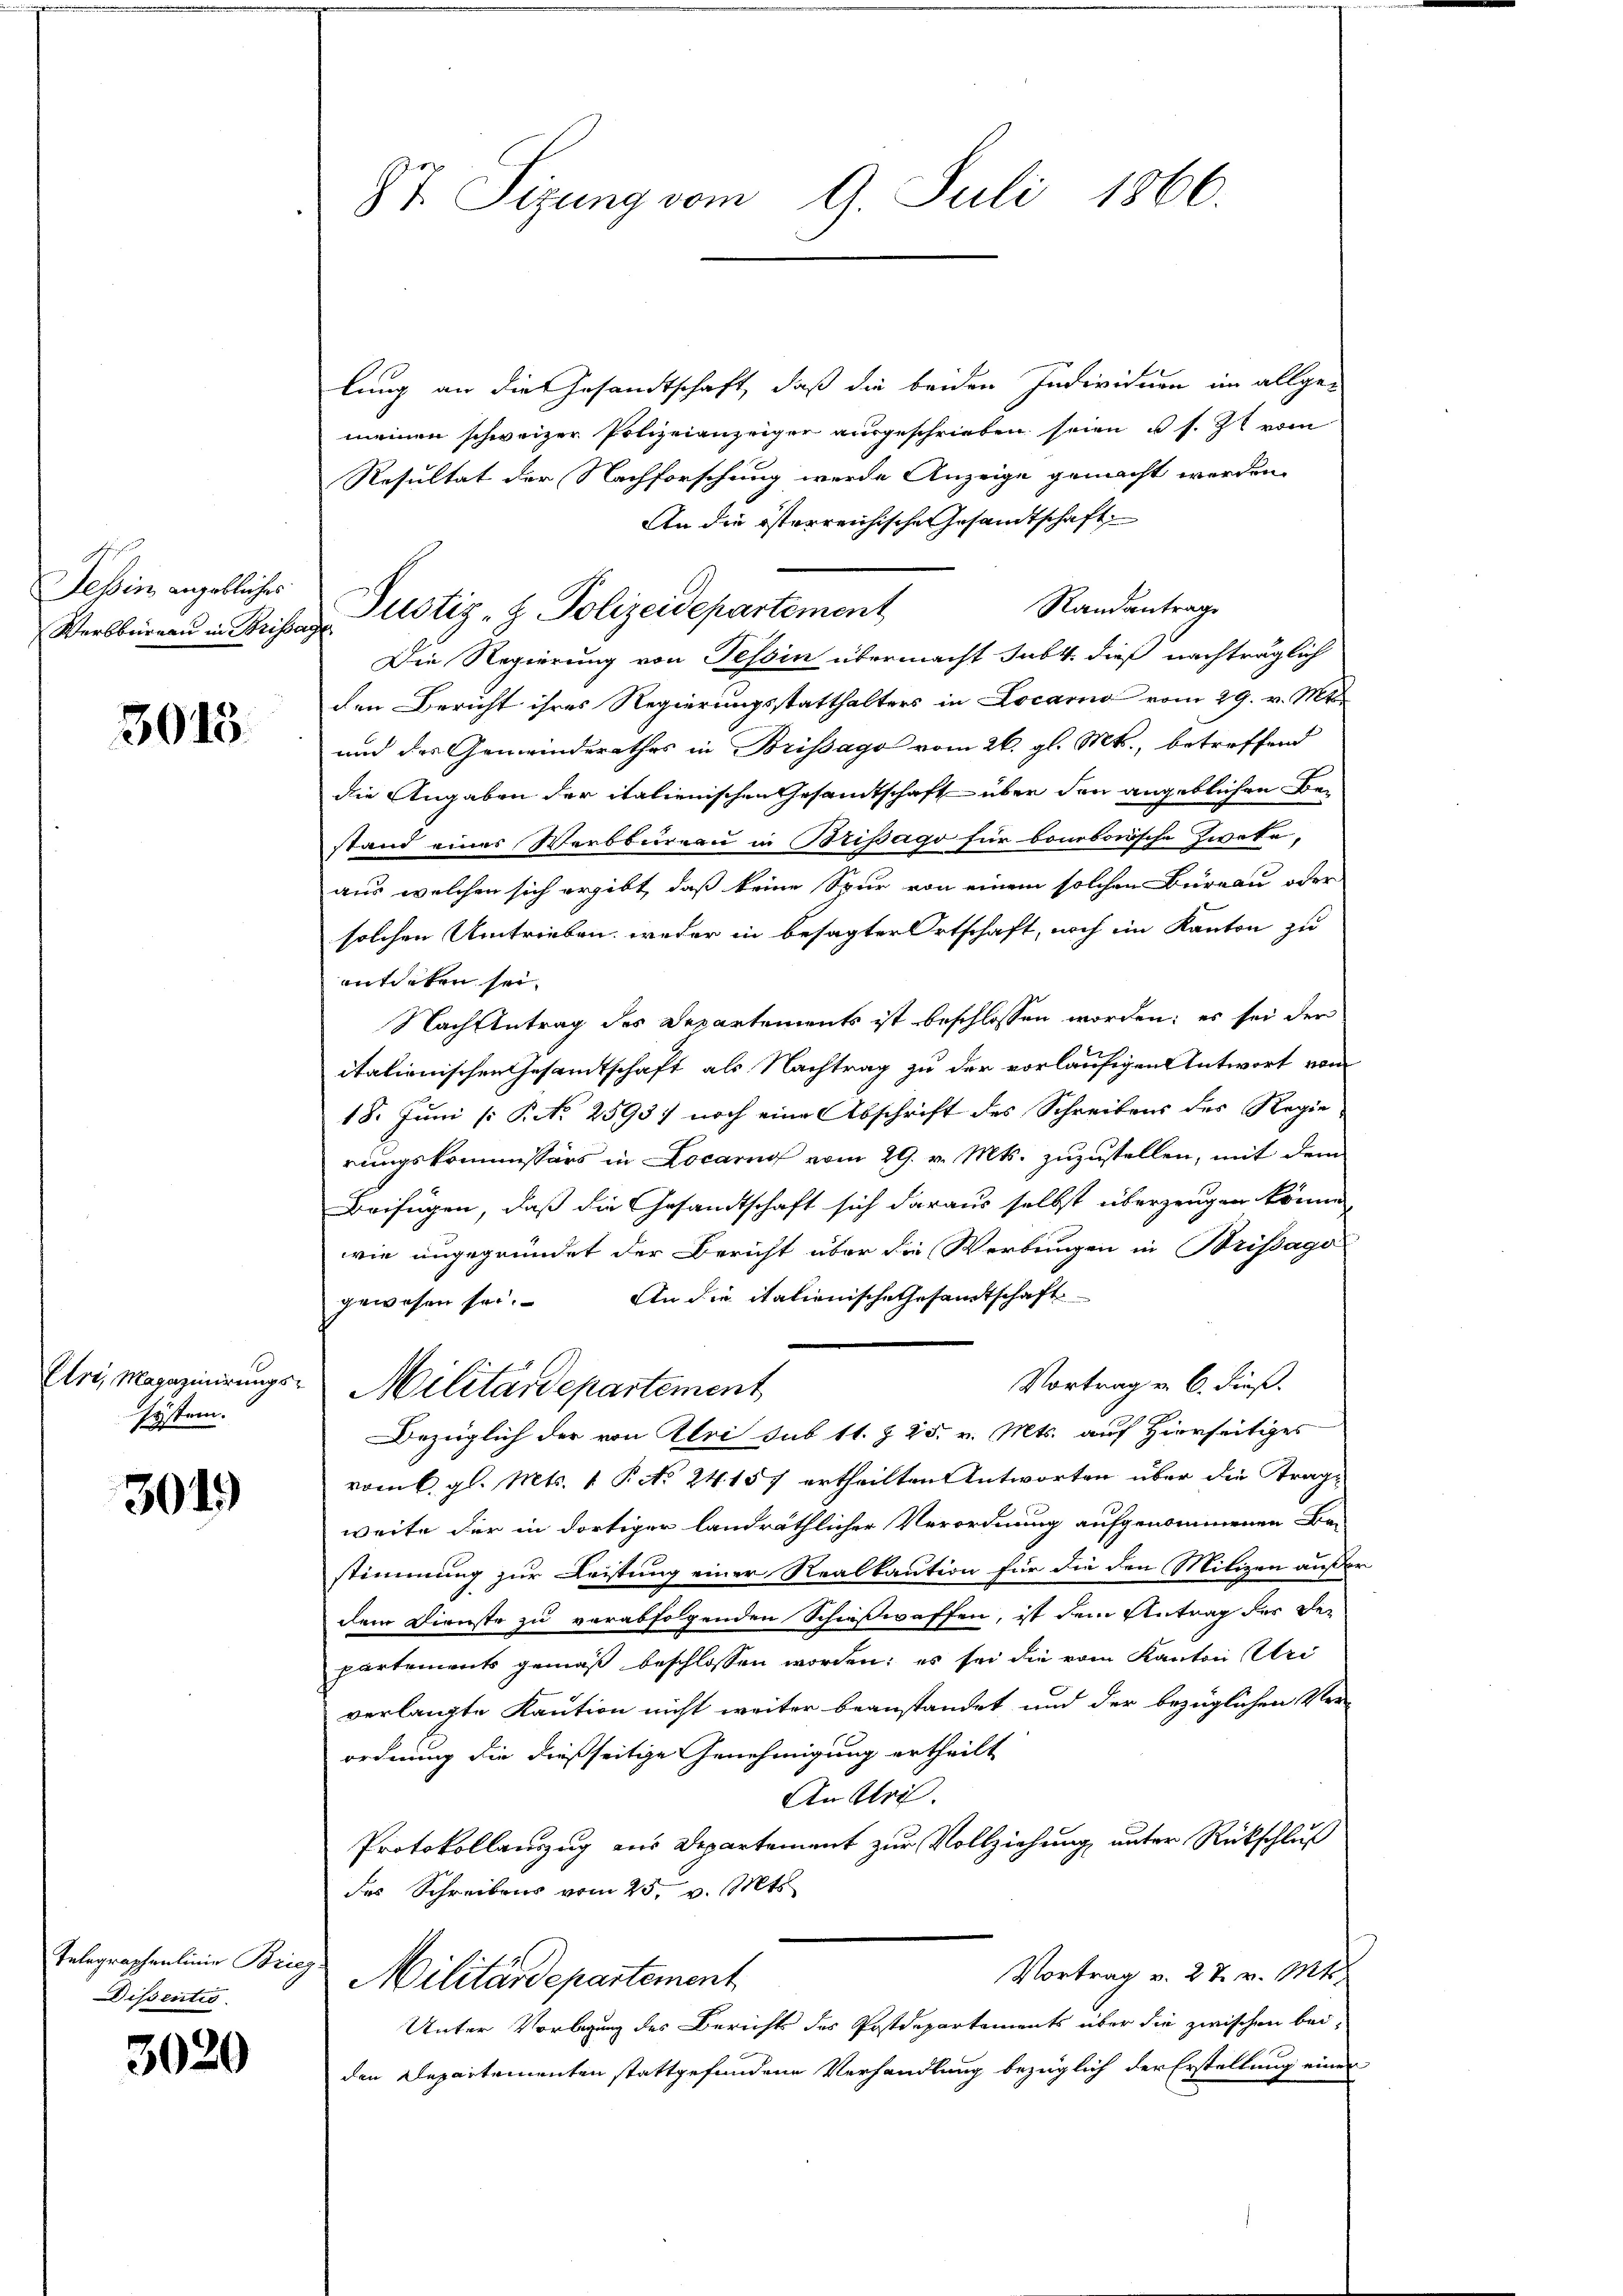
Tessin angebliches
Werbbergau in Briss.

3015

Etri, Magazinirungssystem.

304.

Telegraphenlinie Briez
Dissentio

3020

87. Sizung vom 9. Juli 1866.

lung an die Gesandtschaft, daß die beiden Individum im allgemeinen schweizer Polizeianzeiger ausgeschrieben seien u. s. Zt vom
Resultat der Nachforschung werde Anzeige gemacht werden.
An die österreichische Gesandtschaft
Randantrage
Die Regierung von Tessin übermacht subt dieß nachträglich
den Bericht ihres Regierungsstatthalters in Locarno vom 29. v. Mts.
und des Gemeinderathes in Brissago vom 26. gl. Mts., betreffend
die Angaben der italienischen Gesamtschaft über den angeblichen Bestand eines Werbbureau in Bripago für bonbonische Zweke,
aus welchen sich ergibt, daß keine Spur von einem solchen Büreau oder
solchen Umtrieben, weder in besagter Ortschaft, noch im Kanton zu
entdeken sei.
Nach Antrag des Departements ist beschlossen worden; es sei der
itationischen Gesamtschaft als Nachtrag zu der vorläufigen Antwort vom
18. Juni [ P. Nr. 2593) noch eine Abschrift des Schreibens des Regierungskommissärs in Locarno vom 29. v. Mts. zuzustellen, mit dem
Beifügen, daß die Gesandtschaft sich daraus selbst überzeugen könne,
wie ungegründet der Bericht über die Werbungen in Brissago
An die italienische Gesandtschaft
gewesen sei.
Vortrag v. 6. dieß.
Militärdepartement
Bezüglich der von Uri sub 11. Z. 25. v. Mts. auf Hierseitiges
vom 6. gl. Mts. 1 P. No 24. 157 ertheilten Antworten über die Tragweite der in dortiger landräthlicher Verordnung aufgenommenen Ba-
stimmung zur Leistung einer Realkaution für die den Milizen außer
dem Dienste zu verabfolgenden Schießwaffen, ist dem Antrag der Departements gemäß beschlossen worden; es sei die vom Kanton Uri
verlangte Kaution nicht weiter beanstandet und der bezüglichen Ver-
ordnung die dießseitige Genehmigung ertheilt
An Uri.
Protokollauszug aus Departement zur Vollziehung unter Rückschluß
des Schreibens vom 25. v. Mts.
Vortrag v. 27. v. Mts.
Militärdepartement
Unter Vorlegung des Bericht des Postdepartements über die zwischen bei-
den Departementen stattgefundene Verhandlung bezüglich der Erstellung einen

Justiz- & Polizeidepartement